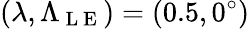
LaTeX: (\lambda,\Lambda_{\mathrm{~L~E~}})=(0.5,0^{\circ})